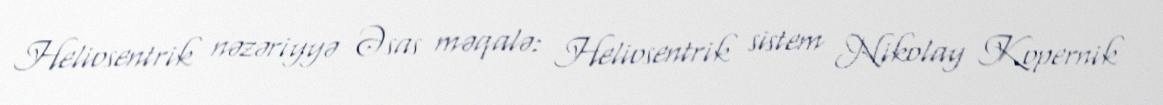
Heliosentrik nəzəriyyə Əsas məqalə: Heliosentrik sistem Nikolay Kopernik